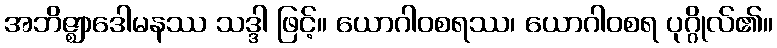
အဘိဇ္ဈာဒေါမနဿ သဒ္ဒါ ဖြင့်။ ယောဂါဝစရဿ၊ ယောဂါဝစရ ပုဂ္ဂိုလ်၏။